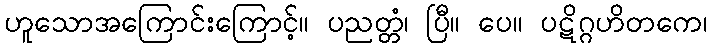
ဟူသောအကြောင်းကြောင့်။ ပညတ္တံ၊ ပြီ။ ပေ။ ပဋိဂ္ဂဟိတကေ၊